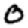
Digit: 0